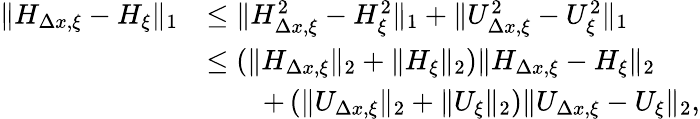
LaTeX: \begin{array}{rl}{\| H_{\Delta x,\xi}-H_{\xi}\| _{1}}&{\leq\| H_{\Delta x,\xi}^{2}-H_{\xi}^{2}\| _{1}+\| U_{\Delta x,\xi}^{2}-U_{\xi}^{2}\| _{1}}\\ &{\leq\left(\| H_{\Delta x,\xi}\| _{2}+\| H_{\xi}\| _{2}\right)\| H_{\Delta x,\xi}-H_{\xi}\| _{2}}\\ &{\qquad+\left(\| U_{\Delta x,\xi}\| _{2}+\| U_{\xi}\| _{2}\right)\| U_{\Delta x,\xi}-U_{\xi}\| _{2},}\end{array}